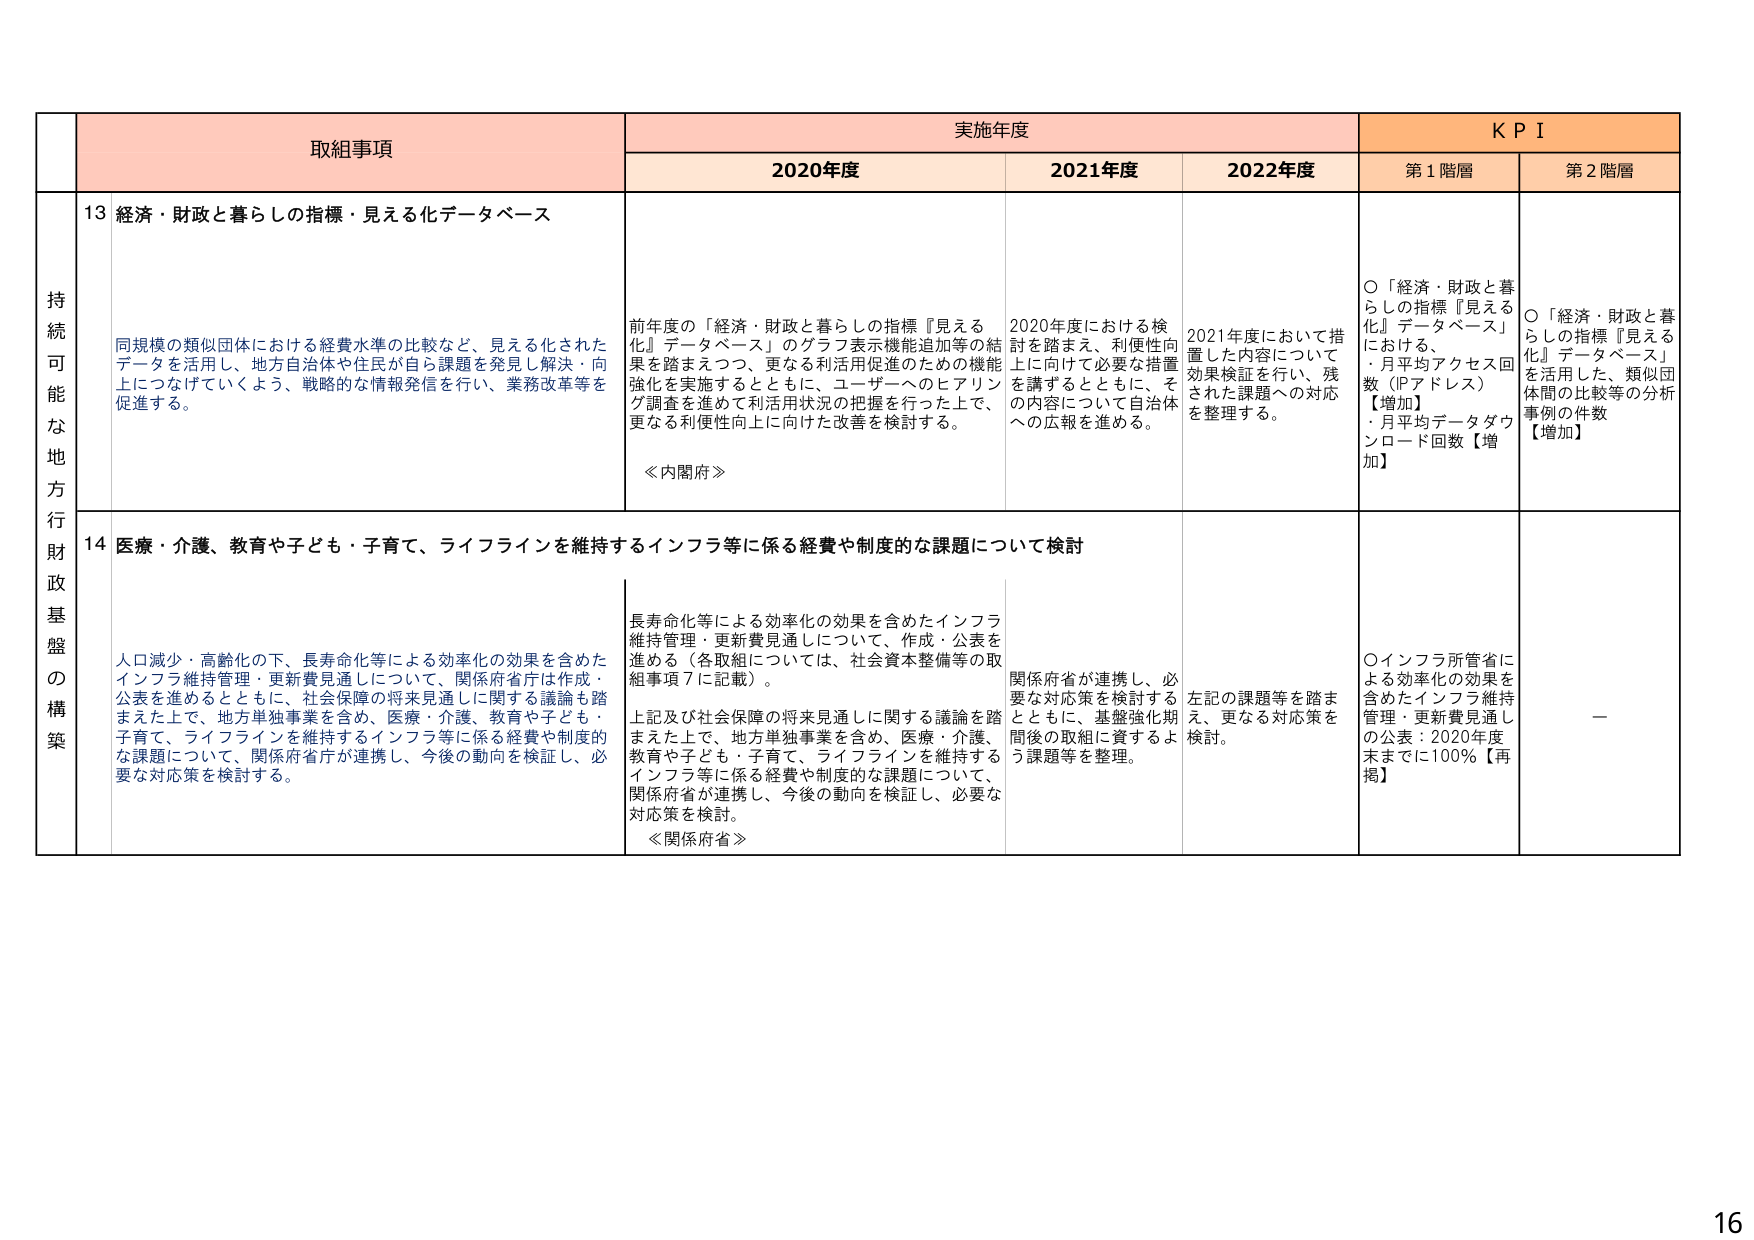
持続可能な地方行政財政基盤の構築

取組事項

実施年度

KPI

2020年度

2021年度

2022年度

第1階層

第2階層

13 経済・財政と暮らしの指標・見える化データベース

同規模の類似団体における経費水準の比較など、見える化されたデータを活用し、地方自治体や住民が自ら課題を発見し解決・向上につなげていくよう、戦略的な情報発信を行い、業務改革等を促進する。

前年度の「経済・財政と暮らしの指標『見える化』データベース」のグラフ表示機能追加等の結果を踏まえつつ、更なる利活用促進のための機能強化を実施するとともに、ユーザーへのヒアリング調査を進めて利活用状況の把握を行った上で、更なる利便性向上に向けた改善を検討する。

≪内閣府≫

2020年度における検討を踏まえ、利便性向上に向けて必要な措置を講ずるとともに、その内容について自治体への広報を進める。

2021年度において措置した内容について効果検証を行い、残された課題への対応を整理する。

〇「経済・財政と暮らしの指標『見える化』データベース」における。
・月平均アクセス回数（IPアドレス）【増加】
・月平均データダウンロード回数【増加】

〇「経済・財政と暮らしの指標『見える化』データベース」を活用した、類似団体間の比較等の分析事例の件数【増加】

14 医療・介護、教育や子ども・子育て、ライフラインを維持するインフラ等に係る経費や制度的な課題について検討

人口減少・高齢化の下、長寿命化等による効率化の効果を含めたインフラ維持管理・更新費見通しについて、関係府省庁は作成・公表を進めるとともに、社会保障の将来見通しに関する議論を踏まえた上で、地方単独事業を含め、医療・介護、教育や子ども・子育て、ライフラインを維持するインフラ等に係る経費や制度的な課題について、関係府省庁が連携し、今後の動向を検証し、必要な対応策を検討する。

長寿命化等による効率化の効果を含めたインフラ維持管理・更新費見通しについて、作成・公表を進める（各取組については、社会資本整備等の取組事項7に記載）。

上記及び社会保障の将来見通しに関する議論を踏まえた上で、地方単独事業を含め、医療・介護、教育や子ども・子育て、ライフラインを維持するインフラ等に係る経費や制度的な課題について、関係府省が連携し、今後の動向を検証し、必要な対応策を検討。

≪関係府省≫

関係府省が連携し、必要な対応策を検討するとともに、基盤強化期間後の取組に資するよう課題等を整理。

左記の課題等を踏まえ、更なる対応策を検討。

〇インフラ所管省による効率化の効果を含めたインフラ維持管理・更新費見通しの公表：2020年度末までに100％【再掲】

ー

16